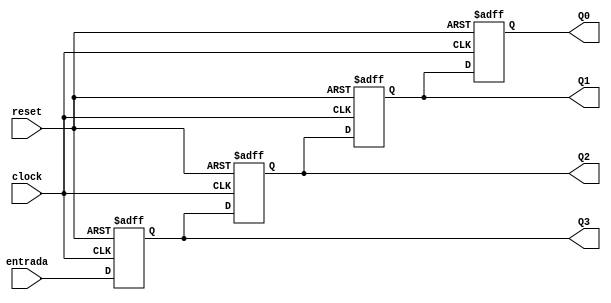
/*
Registrador - Matheus Dias de Souza Barros

	Deslocador com no-bloqueante de 4bits
*/

module registradormatheus(Q3, Q2, Q1, Q0, clock, reset, entrada);

input clock, reset, entrada;

output reg Q3, Q2, Q1, Q0;

initial begin
	Q3 = 1'b0;
	Q2 = 1'b0;
	Q1 = 1'b0;
	Q0 = 1'b0;
end

always @ (posedge clock or posedge reset)
begin

		if (reset == 1'b1)
			begin
				Q3 = 1'b0;

				Q2 = 1'b0;

				Q1 = 1'b0;

				Q0 = 1'b0;
			end
			
		else
			begin
				Q3 <= entrada;

				Q2 <= Q3;

				Q1 <= Q2;

				Q0 <= Q1;
			end

end
	
endmodule